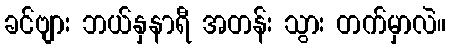
ခင်ဗျား ဘယ်နှနာရီ အတန်း သွား တက်မှာလဲ။